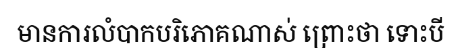
មានការលំបាកបរិភោគណាស់ ព្រោះថា ទោះបី